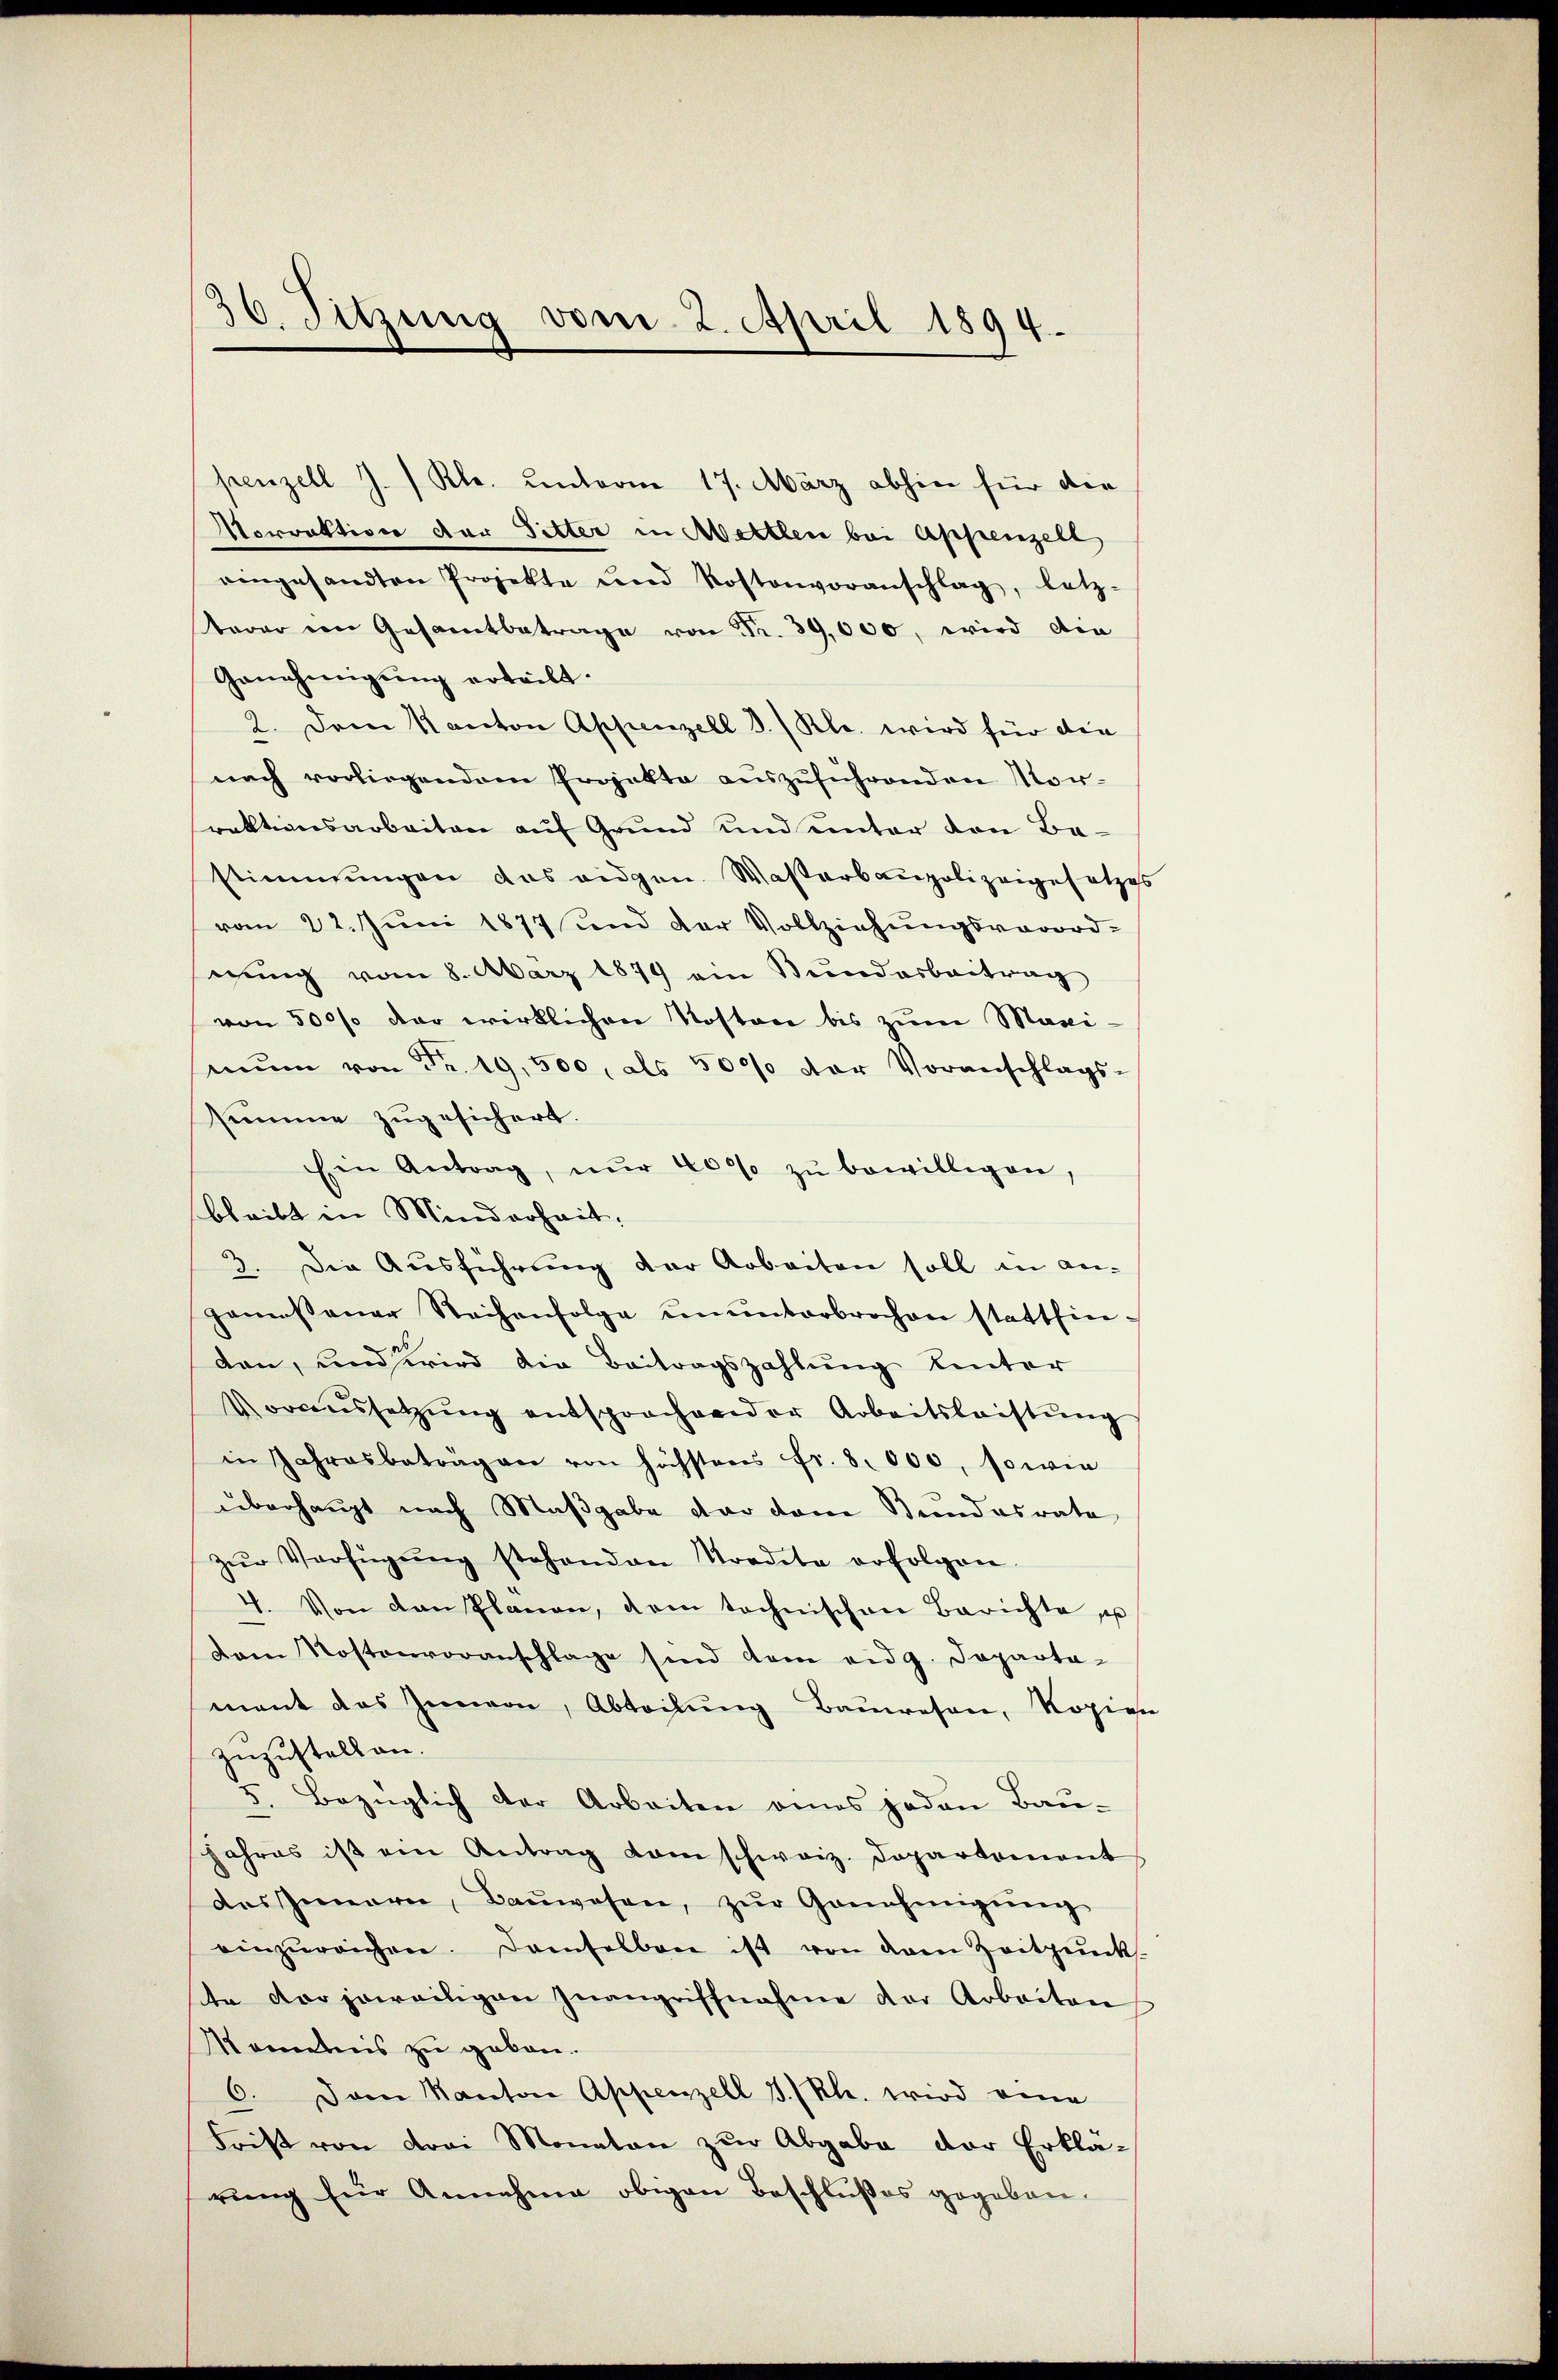
30. Sitzung vom 2. April 1894.

penzell J. / Rl. unterm 17. März abhin für die
Morrektion der Sitter in Mettlen bei Appenzell
eingesandten Projekte und Kostenvoranschlag, letz-
terer in Gesamtbetrage von Fr. 39,000, wird die
Genehmigung erteilt.
2. Dem Kanton Appenzell I. / Kl. wird für die
nach vorliegendem Projekte aŭszŭführenden Morraktionsarbeiten auf Grund und unter von Bastimmungen das eidgen. Waßerbaupolizeigesetzes
vom 22. Juni 1877 und der Vollziehungsverord-
eung vom 8. März 1879 ein Bundesbeitrag
von 500% der wirklichen Kosten bis zum Maxi-
mŭm von Fr. 19,500, als 5000 der Voranschlags-
summe zugesichert.
Ein Antrag, nŭr 400 zŭ bewilligen,
bleibt in Minderheit.
3. Die Ausführung der Arbeiten soll in an-
Jamessener Sachenfolge ŭnŭnterbrochen stattfin-
den, und wird die Beitragszahlung hinter
Voraussetzŭng entsprochender Arbeitsleistŭng
in Jahresbeträgen von höchstens fr. 8. 000, sowie
überhaupt nach Maßgabe der dem Bundesrate
zŭr Verfügŭng stehenden Trodete erfolgen.
4. Von den Planen, dem technischen Berichte es
Dem Kostenvoranschlage sind dem eidg. Departa-
mant das Innern, Abteilung Bauwesen, Kopien
zuzustellen.
5. Bezüglich der Arbeiten eines jeden Bau-
Jahres ist ein Antrag am schweiz. Departement
des Innern, Baŭwesen, zŭr Genehmigŭng
einzŭreichen. Demselben ist von dem Zeitpunk
ite der jeweiligen Inangriffnahme der Arbeiten
Kometnis zu geben.
6. Dann Kanton Appenzell I.Rh. wird eine
Frist von drei Monaten zur Abgabe der Erklä-
rung für Annahme obigen Beschlußes gegeben.